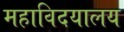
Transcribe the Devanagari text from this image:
महाविदयालय